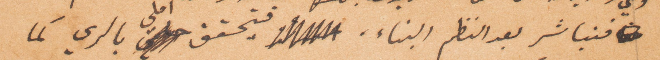
فنباشر بعد النظم البناء. فيتحقق املي بالري كما